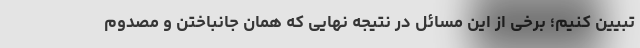
تبیین کنیم؛ برخی از این مسائل در نتیجه نهایی که همان جانباختن و مصدوم